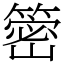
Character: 䈼